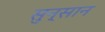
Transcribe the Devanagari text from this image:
सुन्सान